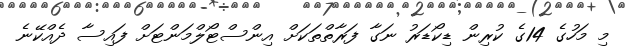
މި މަހުގެ 14ގެ ކުރިން ޑިކޯޑަރު ނަގާ ފަރާތްތަކަށް އިންސްޓޯލްމަންޓަށް ފައިސާ ދެއްކޭނެ